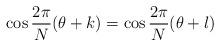
LaTeX: \begin{align*}\cos \frac{2\pi}{N}(\theta+k)=\cos\frac{2\pi}{N}(\theta+l)\end{align*}